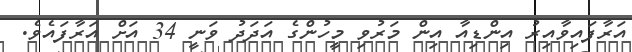
އަރާފައިވާއިރު އިންޑިއާ އިން މަރުވި މީހުންގެ އަދަދު ވަނީ 34 އަށް އަރާފައެވެ.